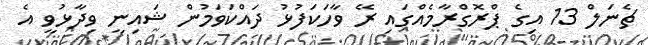
ޗެނަލް 13 އިގެ ޕްރޮގްރާމެއްގައި ރޭ ވާހަކަފުޅު ދައްކަވަމުން ޝައިނީ ވިދާޅުވީ އެ